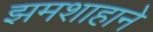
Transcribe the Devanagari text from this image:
झमशाहाने